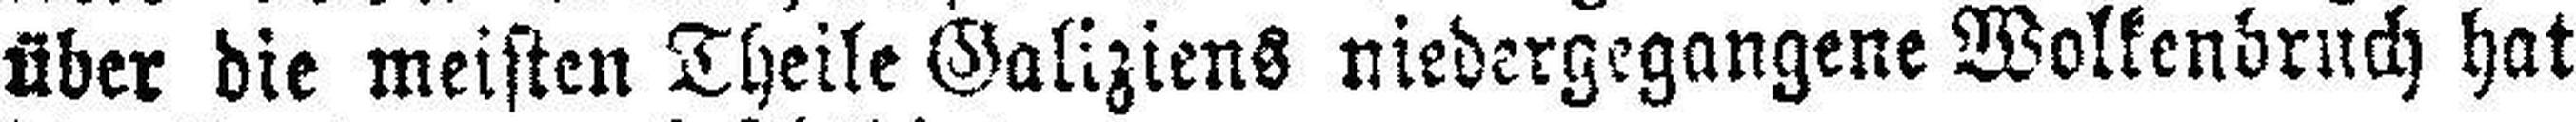
über die meisten Theile Galiziens niedergegangene Wollenbruch hat